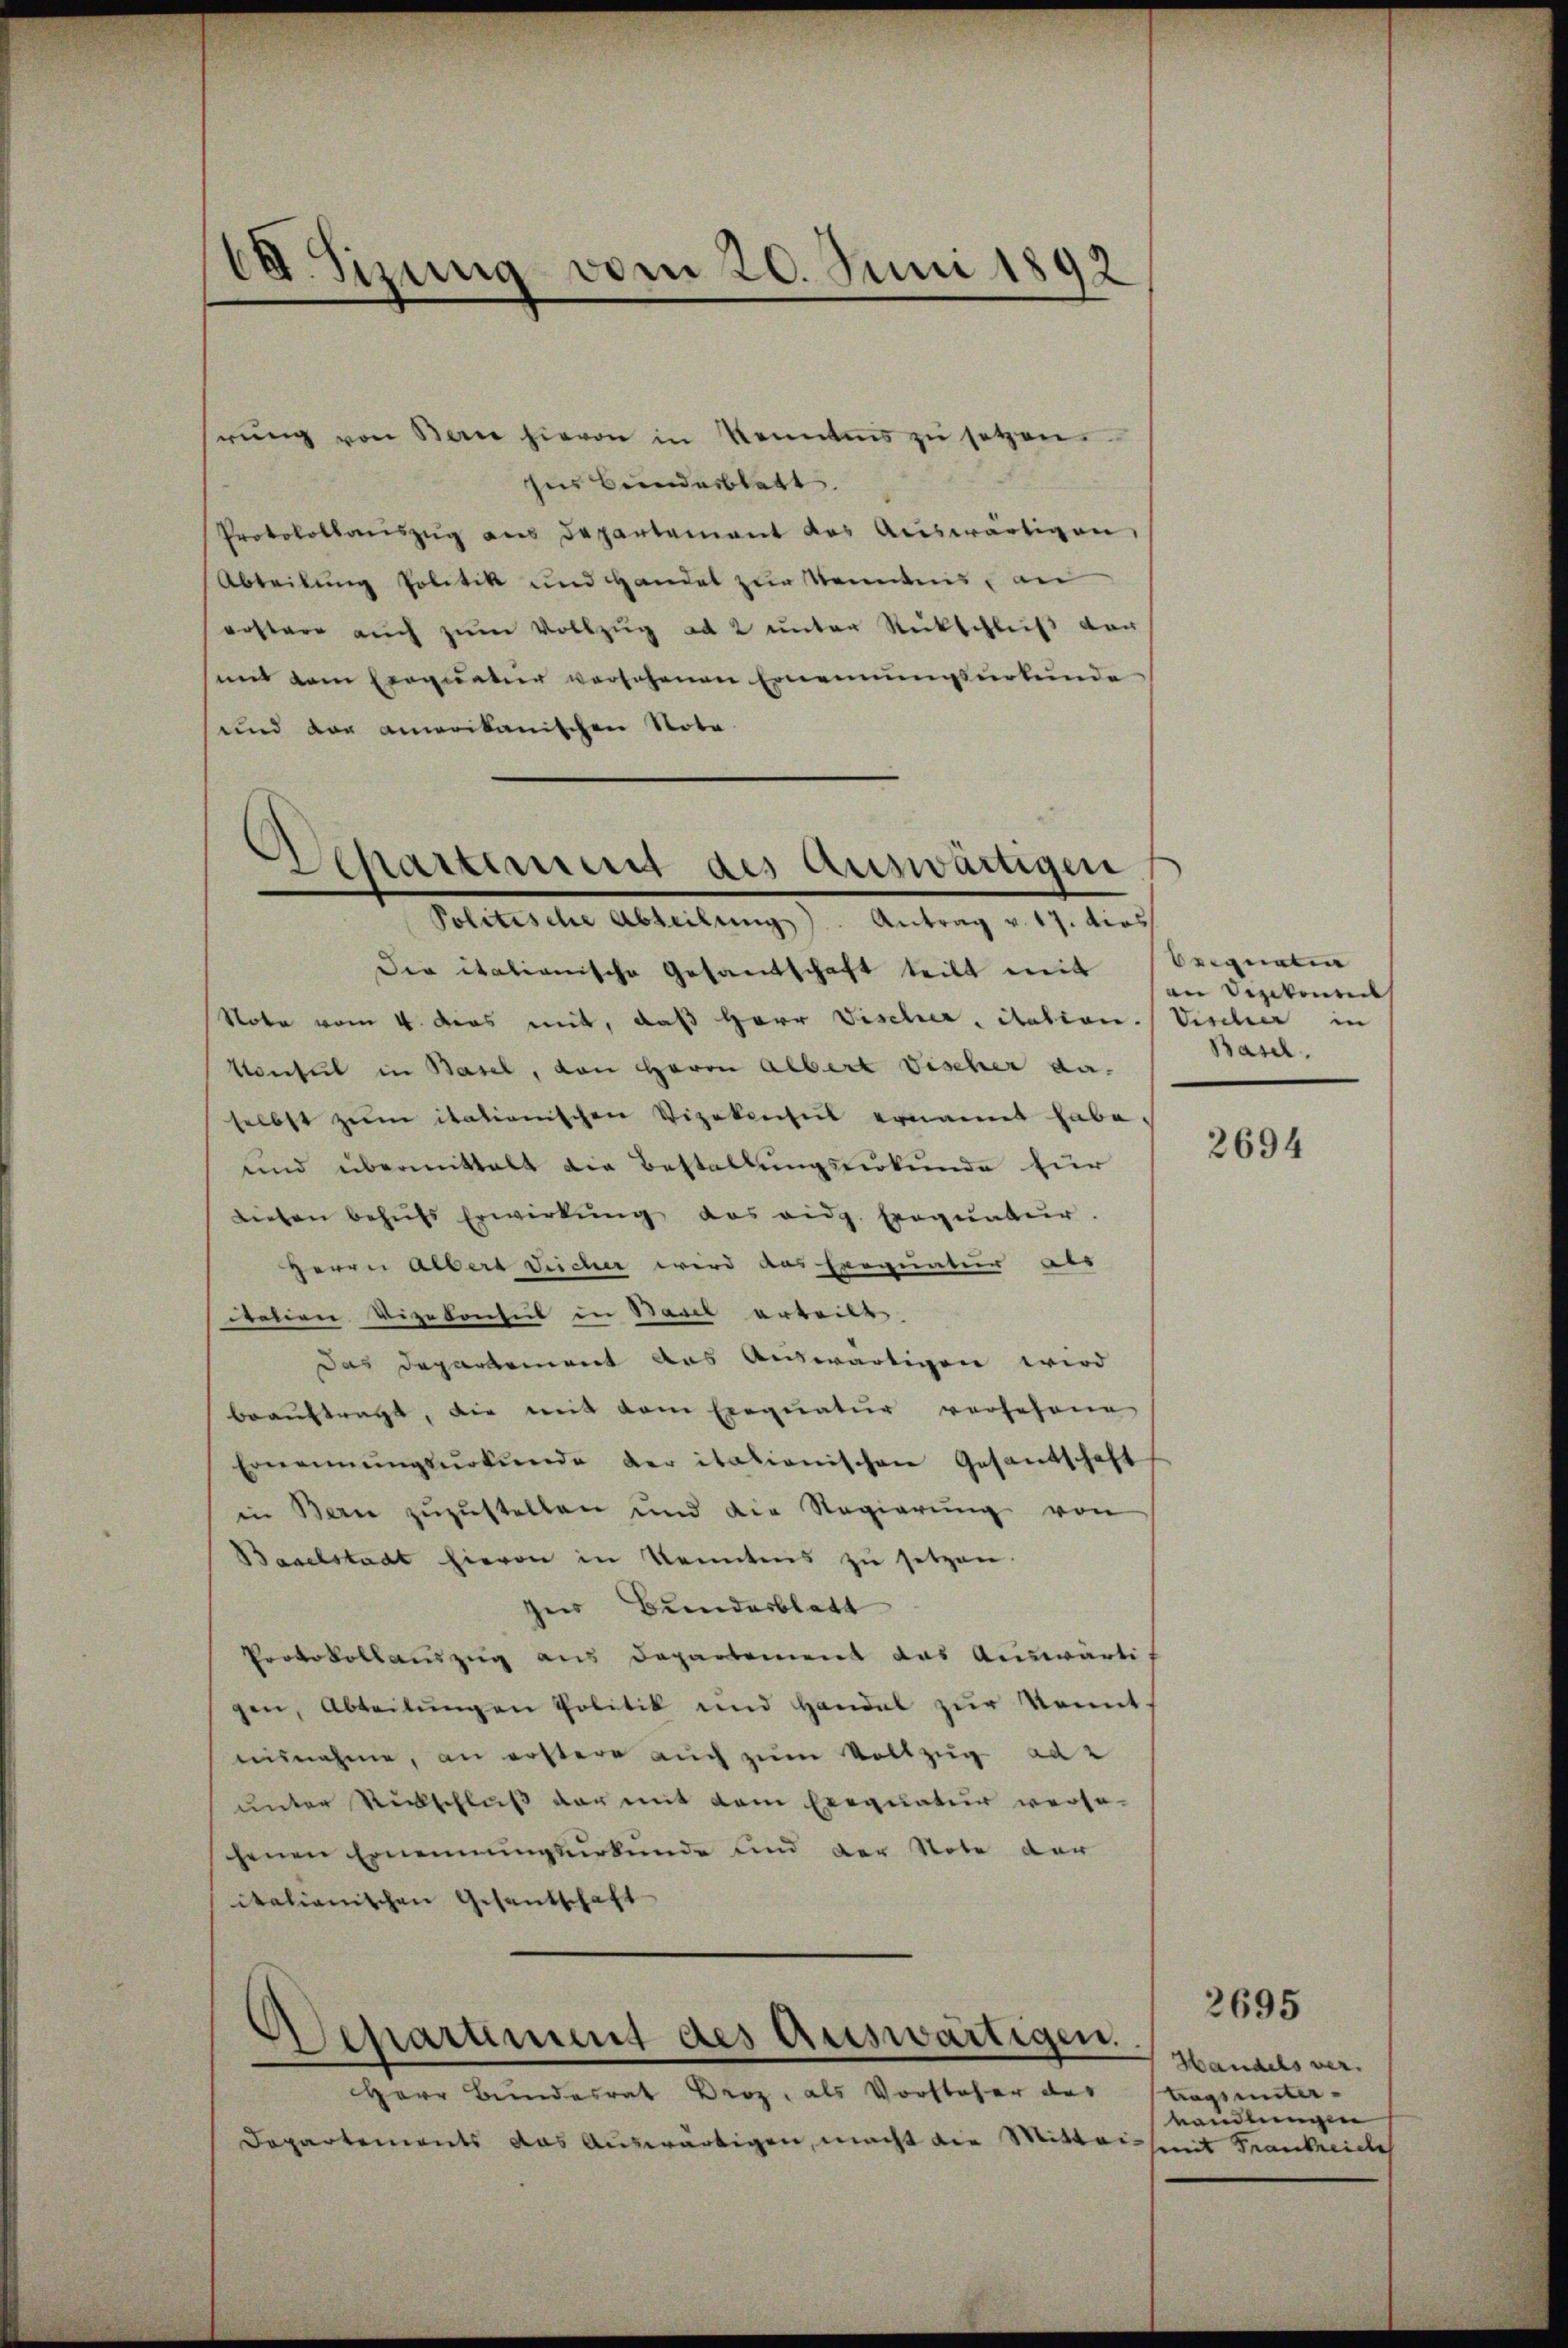
64. Sizung vom 20. Juni 1892

rŭng von Bern hievon in Kenntens zŭ setzen
ses Bundesblatt.
Protokollauszug aus Departament das Auswärtigen,
Abteilung Politik und Handel zur Kenntnis, an
erstere auch zŭm Vollzŭg ad 2 unter Rückschluß dach
mit dem Exequatier versehenen Ernennungsurtende
und der amerikanischen Nota

Separtement des Auswanigen
Politische Abteilung). Antrag v. 17. dies

Die italianische Gesandschaft teilt mit
Note vom 4. das mit, daß Herr Fischer, itation. Vischer in
Konsul in Basel, von Herrn Albert Fischer da-
selbst zum itationischen Vizekonseil ernannt habe.
und übermittelt die Bestallungsurkunde für
Lieben behŭfs Erwirkŭng das eidg. Exequatur.
Herrn Albert Deicher wird das Exequatur als
tation Vizekonseil in Basel erteilt.
Das Departement aus Auswärtigen wird
beauftragt, die mit dem Einquatur vorfahrne
Ernennŭngsŭrkŭnde der italienischen Gesandschaft
in Bern zuzustellen und die Regierŭng von
Baselstadt hievon in Kenntens zu setzen.
hier Bunderblatt
Protokollauszug aus Departement das Auswärtigen, Abteilŭngen Politik und Handel zŭr konnt.
ausnahme, an erstere auch zum Vollzug ad 2
unter Rückschluß der mit dem Exequatur verso-
chenen Ernennungsurkunde und der Note der
italienischen Gesantschaft
Herr Bundesrat Broz, als Vorsteher des
Departements das Auswärtigen, macht die Mitte

Aschartement des Auswärtigen.

eigneten
an Sezikonseit
Basel.

2694

Handels vertags unterwandlungen
i mit Frankreide